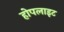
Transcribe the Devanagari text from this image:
होपलाइट